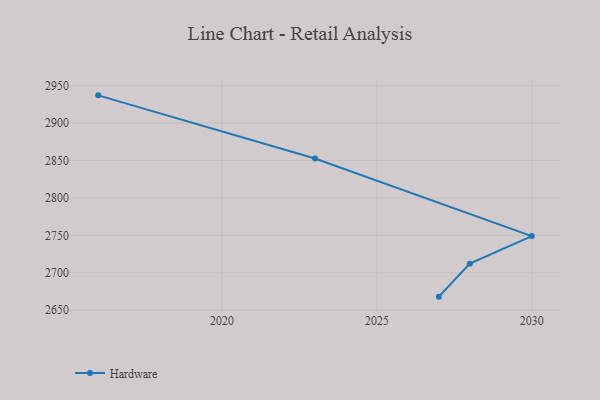
{"axis": {"x": "Year", "y": "Inventory Turnover"}, "legend": ["Hardware"], "data": [{"x": "2016", "y": 2937.0, "type": "Hardware"}, {"x": "2023", "y": 2852.7, "type": "Hardware"}, {"x": "2030", "y": 2749.0, "type": "Hardware"}, {"x": "2028", "y": 2712.2, "type": "Hardware"}, {"x": "2027", "y": 2668.1, "type": "Hardware"}]}